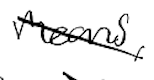
Text: means,
Cross-out: diagonal
Writing tool: digital_black